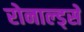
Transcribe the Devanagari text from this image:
रोनाल्ड्से